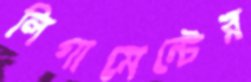
লিগামেন্টের